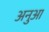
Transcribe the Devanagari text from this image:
अनुआ